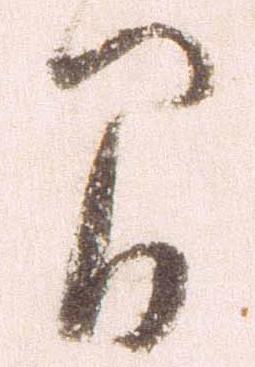
間